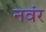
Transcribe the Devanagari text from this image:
नवंर